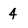
Character: 4